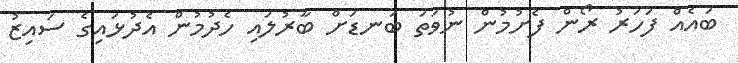
ބައެއް ފަހަރު ރޯން ފެށުމުން ނުވަތަ ބަނޑަށް ބާރުލައި ހެދުމުން އެދުޅައިގެ ސައިޒު